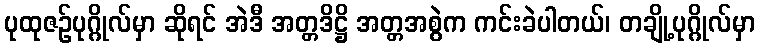
ပုထုဇဉ်ပုဂ္ဂိုလ်မှာ ဆိုရင် အဲဒီ အတ္တဒိဋ္ဌိ အတ္တအစွဲက ကင်းခဲပါတယ်၊ တချို့ပုဂ္ဂိုလ်မှာ